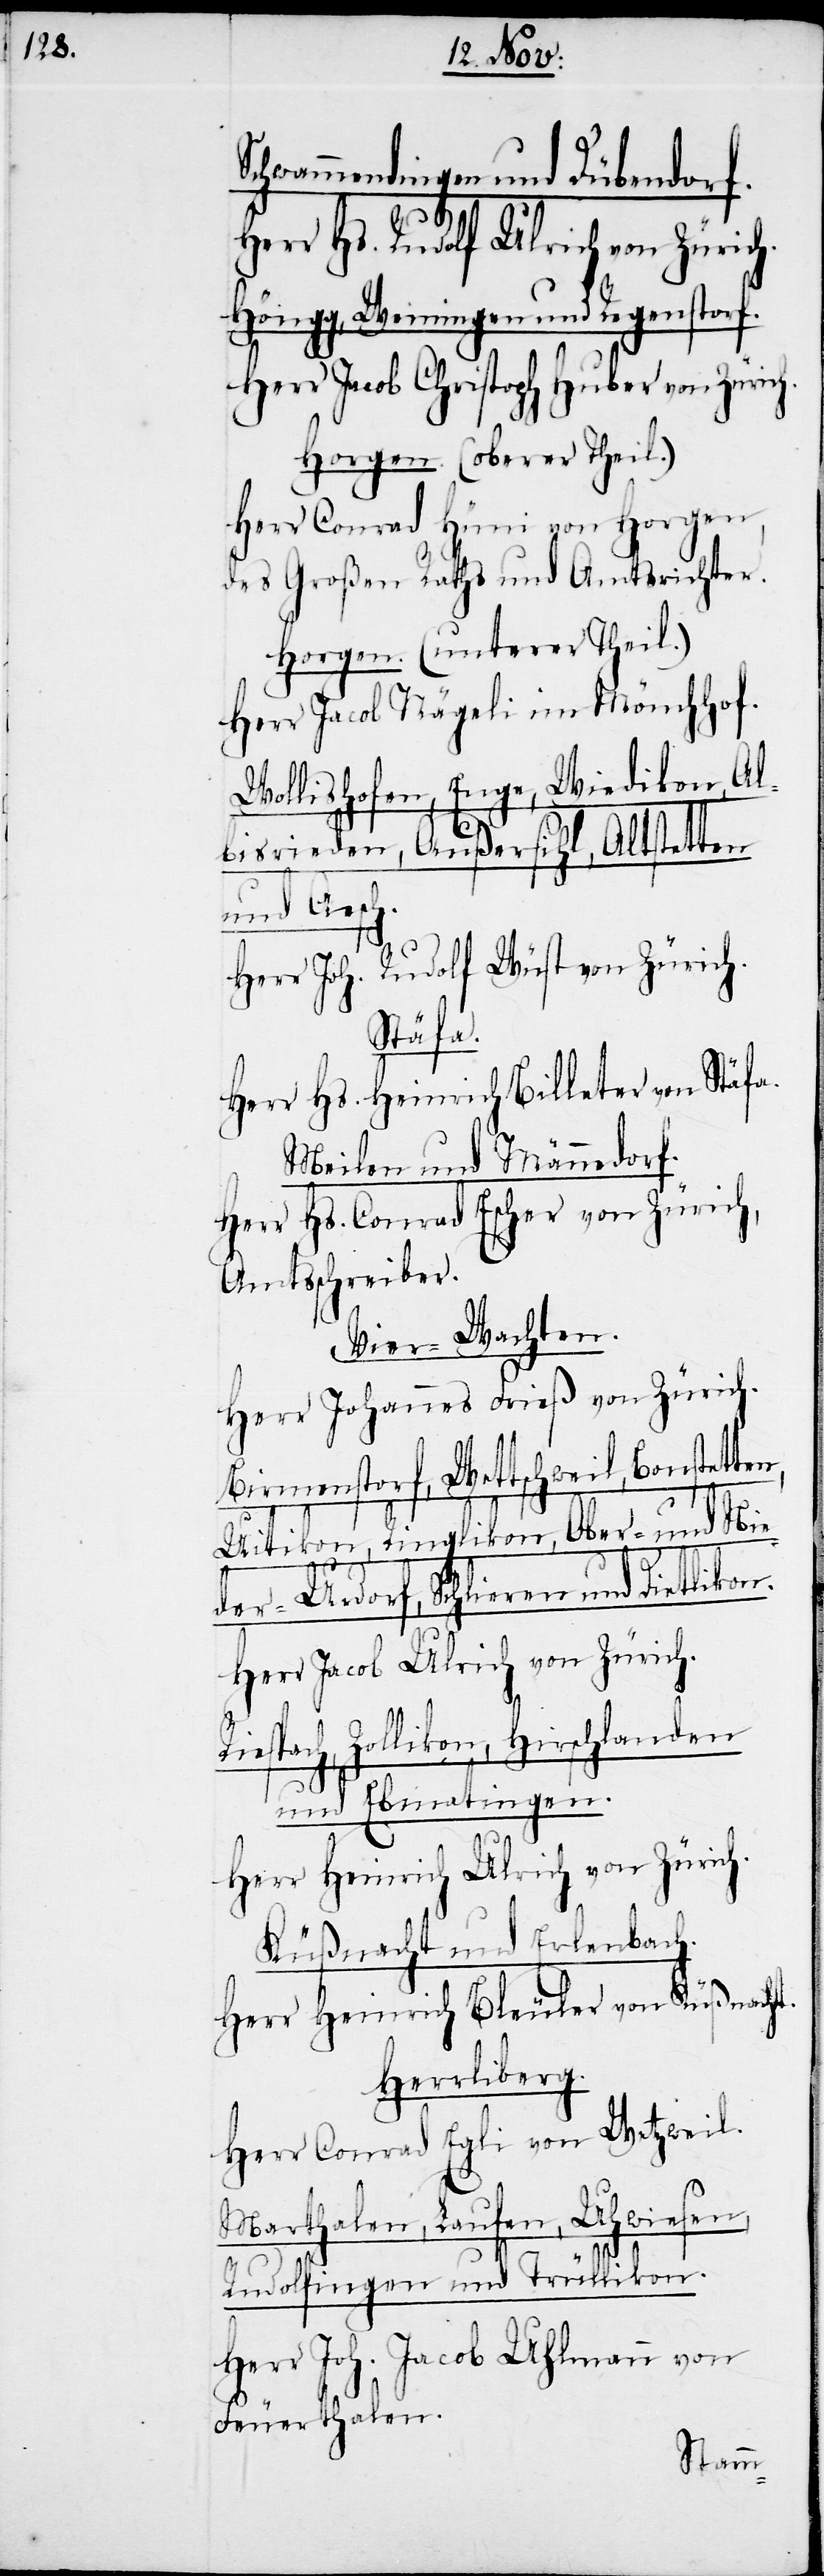
Schwammendingen und Dübendorf.
Herr Hs. Rudolf Ulrich von Zürich.
Höngg, Weiningen und Regenstorf.
Herr Jacob Christoph Huber von Zürich.
Horgen. (oberer Theil.)
Herr Conrad Hüni von Horgen,
des Großen Raths und Amtsrichter.
Horgen. (unterer Theil.)
Herr Jacob Nägeli im Mönchhof.
Wollishofen, Enge, Wiedikon, Al¬
bisrieden, Außersihl, Altstetten
und Aesch.
Herr Joh. Rudolf Wüst von Zürich.
Riesp¬
Herr Hs. Heinrich Billeter von Stäfa.
Meilen und Männedorf.
Herr Hs. Conrad Escher von Zürich,
Amtsschreiber.
Vier-Wachten.
Herr Johannes Frieß von Zürich.
Birmenstorf, Wettschwil, Bonste¬
Uitikon, Ringlikon, Ober- und Nie¬
der-Urdorf, Schlieren und Dietlikon.
Herr Jacob Ulrich von Zürich.
ach, Zollikon, Hirschlanden
und Ebmatingen.
Herr Heinrich Ulrich von Zürich.
Küßnacht und Erlenbach.
Herr Heinrich Bleuler von Küßnacht.
Herrliberg.
Herr Conrad Egli von Wetzweil.
Marthalen, Laufen, Uhwiesen,
Rudolfingen und Trüllikon.
Herr Joh. Jacob Uhlmann von
Feuerthalen.